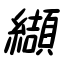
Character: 纈